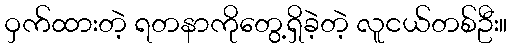
ဝှက်ထားတဲ့ ရတနာကိုတွေ့ရှိခဲ့တဲ့ လူငယ်တစ်ဦး။